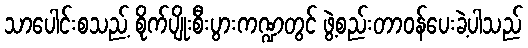
သာပေါင်းစသည့် စိုက်ပျိုးစီးပွားကဏ္ဍတွင် ဖွဲ့စည်းတာဝန်ပေးခဲ့ပါသည်